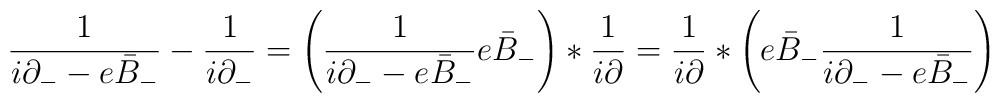
\frac{1}{i \partial_{-} - e \bar{B}_{-}} - \frac{1}{i\partial_{-}} = \left(\frac{1}{i \partial_{-} - e \bar{B}_{-}}  e\bar{B}_{-}\right) * \frac{1}{i \partial} = \frac{1}{i\partial} \ast \left( e \bar{B}_{-} \frac{1}{i \partial_{-} - e\bar{B}_{-}} \right)\,